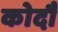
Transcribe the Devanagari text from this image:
कोदौ